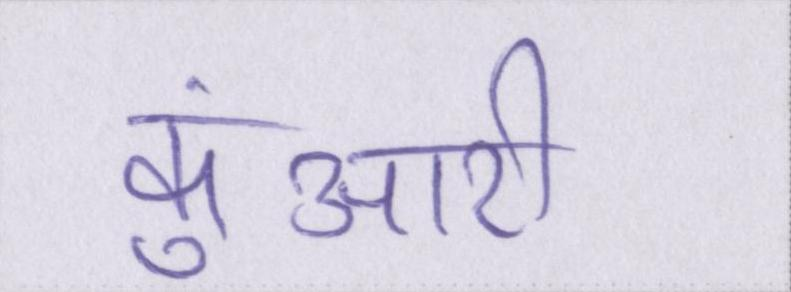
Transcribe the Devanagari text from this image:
कुंआरी